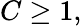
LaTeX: C\geq 1,